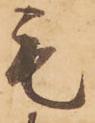
毛